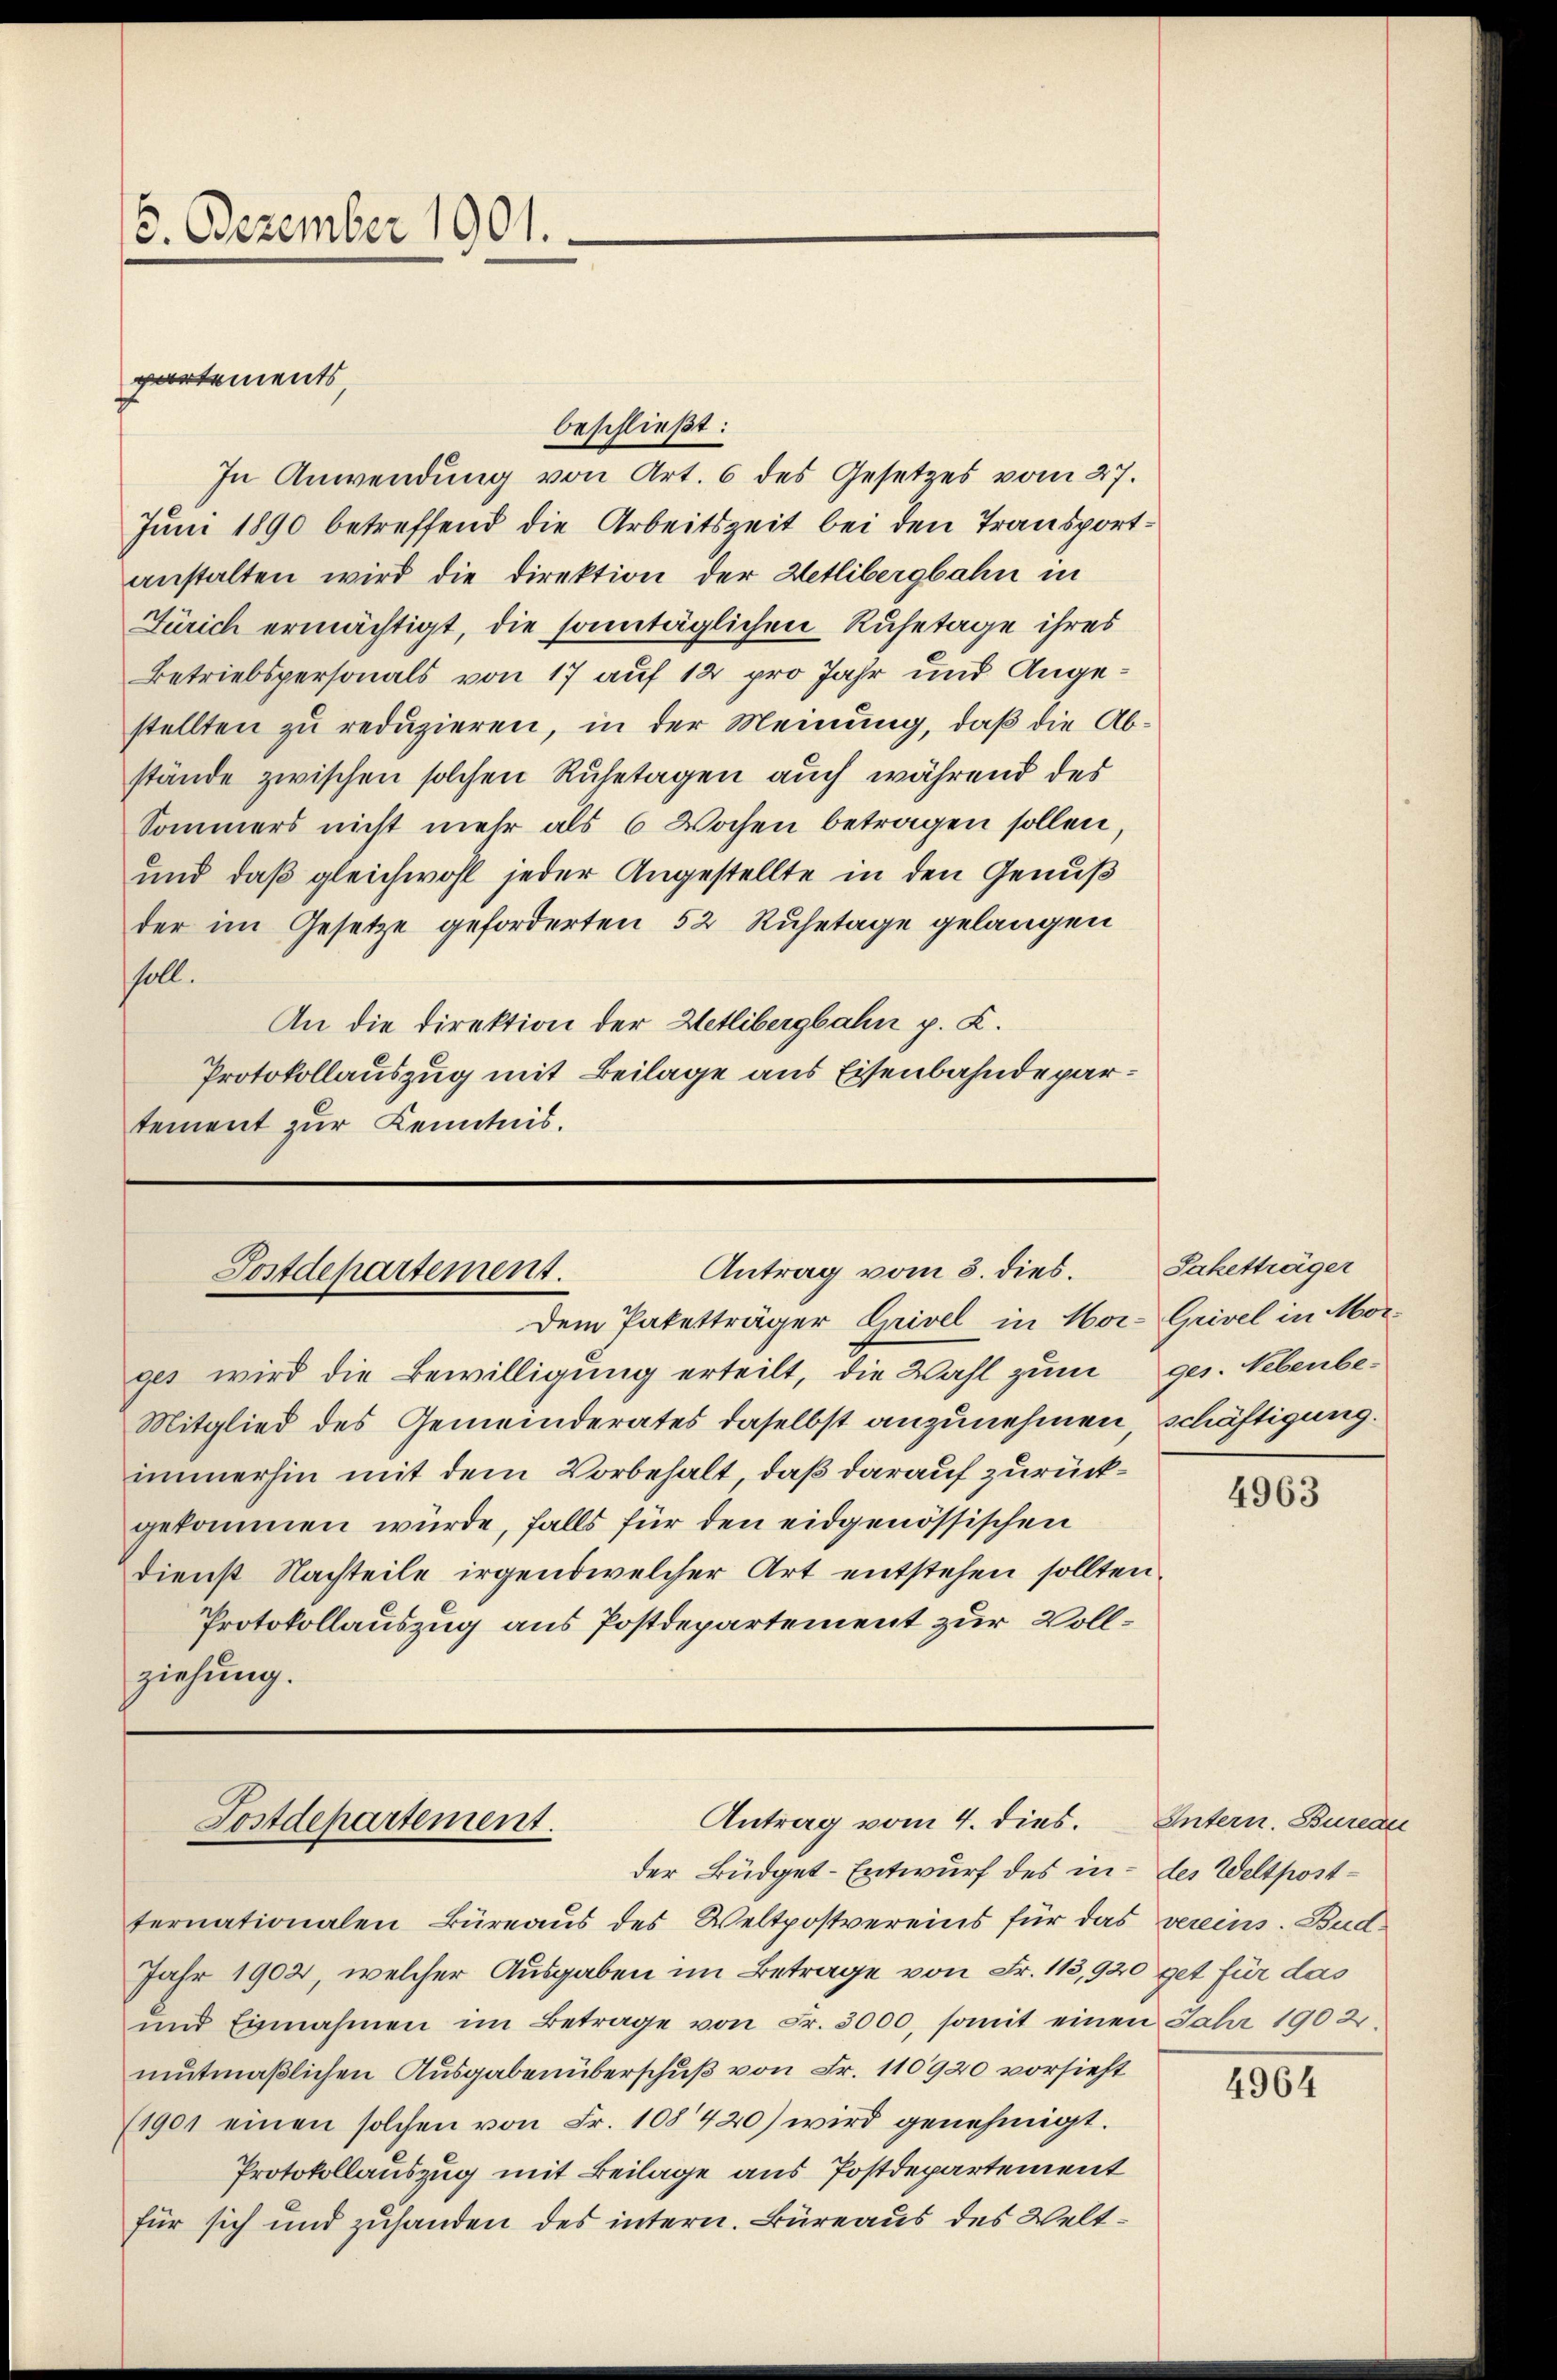
5. Dezember 1901.

partements,

beschließt:
In Anwendung von Art. 6 des Gesetzes vom 27.
Juni 1890 betreffend die Arbeitszeit bei den Transportanstalten wird die Direktion der Hetlibergbahn in
Zürich ermächtigt, die sontäglichen Ruhetage ihres
Betriebspersonals von 17 auf 12 pro Jahr und Angestellten zu reduzieren, in der Meinung, daß die Abstände zwischen solchen Ruhetagen auch während des
Sommers nicht mehr als 6 Wochen betragen sollen,
und daß gleichwohl jeder Angestellte in den Genuß
der im Gesetze geforderten 52 Ruhetage gelangen
soll.
An die Direktion der Hetlibergbahn p. C.
Protokollauszug mit Beilage aus Eisenbahndepartement zur Kenntnis.

Antrag vom 3. dies.
Postdepartement.
Dem Paketträger Grivel in Hor-Grivel in Mor¬

ges wird die Bewilligung erteilt, die Wahl zum ges. Nebenbe¬
Mitglied des Gemeinderates daselbst anzunehmen, schäftigung.
immerhin mit dem Vorbehalt, daß darauf zurückgekommen würde, falls für den eidgenössischen
dienst Nachteile irgendwelcher Art entstehen sollten.
Protokollauszug aus Postdepartement zur Vollziehung.

Antrag vom 4. dies. Intern. Bureau
Postdepartement.
der Büdget-Entwurf des in des Weltpost¬

ternationalen Büreaus des Weltpostvereins für das vereins. Bud¬
Jahr 1902, welcher Ausgaben im Betrage von Fr. 113,920 get für das
ŭnd Einnahmen im Betrage von Fr. 3000, somit einen Jahr 1902.
mutmaßlichen Ausgabenüberschuß von Fr. 110920 vorsieht
(1901 einen solchen von Fr. 108420) wird genehmigt.
Protokollauszug mit Beilage aus Postdepartement
für sich und zuhanden des intern. Büreaus des Welt¬

Saketträger

4963

4964